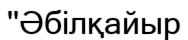
''Әбілқайыр